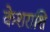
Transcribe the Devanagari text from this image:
केशराशि